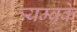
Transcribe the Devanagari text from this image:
त्र्यम्बके